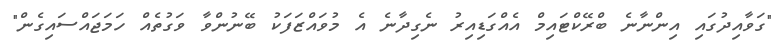
"ގަވާއިދުގައި އިންނާނެ ބްރޭކްޓައިމް އެއްގަޑިއިރު ނެގިދާނެ އެ މުވައްޒަފަކު ބޭނުންވާ ވަގުތެއް ހަމަޖައްސައިގެން"